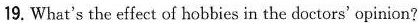
19. What's the effect of hobbies in the doctors' opinion?